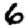
Digit: 6